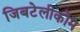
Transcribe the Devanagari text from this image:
जिबटेलीकोम